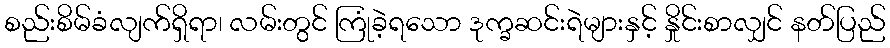
စည်းစိမ်ခံလျက်ရှိရာ၊ လမ်းတွင် ကြုံခဲ့ရသော ဒုက္ခဆင်းရဲများနှင့် နှိုင်းစာလျှင် နတ်ပြည်